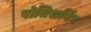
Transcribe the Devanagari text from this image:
पोसिशनिंग